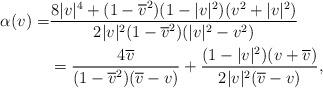
LaTeX: \begin{align*}\alpha(v)=&\frac{8|v|^{4}+(1-\overline{v}^2)(1-|v|^2)(v^2+|v|^2)}{2|v|^2(1-\overline{v}^2)(|v|^2-v^2)}\\&=\frac{4\overline{v}}{(1-\overline{v}^2)(\overline{v}-v)}+\frac{(1-|v|^2)(v+\overline{v})}{2|v|^2(\overline{v}-v)},\end{align*}